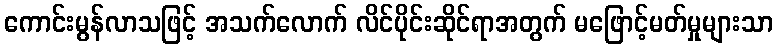
ကောင်းမွန်လာသဖြင့် အသက်လောက် လိင်ပိုင်းဆိုင်ရာအတွက် မဖြောင့်မတ်မှုများသာ